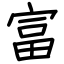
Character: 富